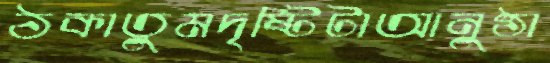
ঠকাতুমদৃষ্টিটাআনুষ্ঠা